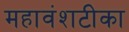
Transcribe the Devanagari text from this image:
महावंशटीका